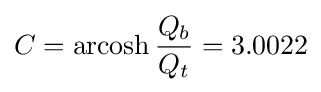
C=\operatorname {arcosh} {\frac {Q_{b}}{Q_{t}}}=3.0022